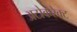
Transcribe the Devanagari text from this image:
अटोकरेक्ट